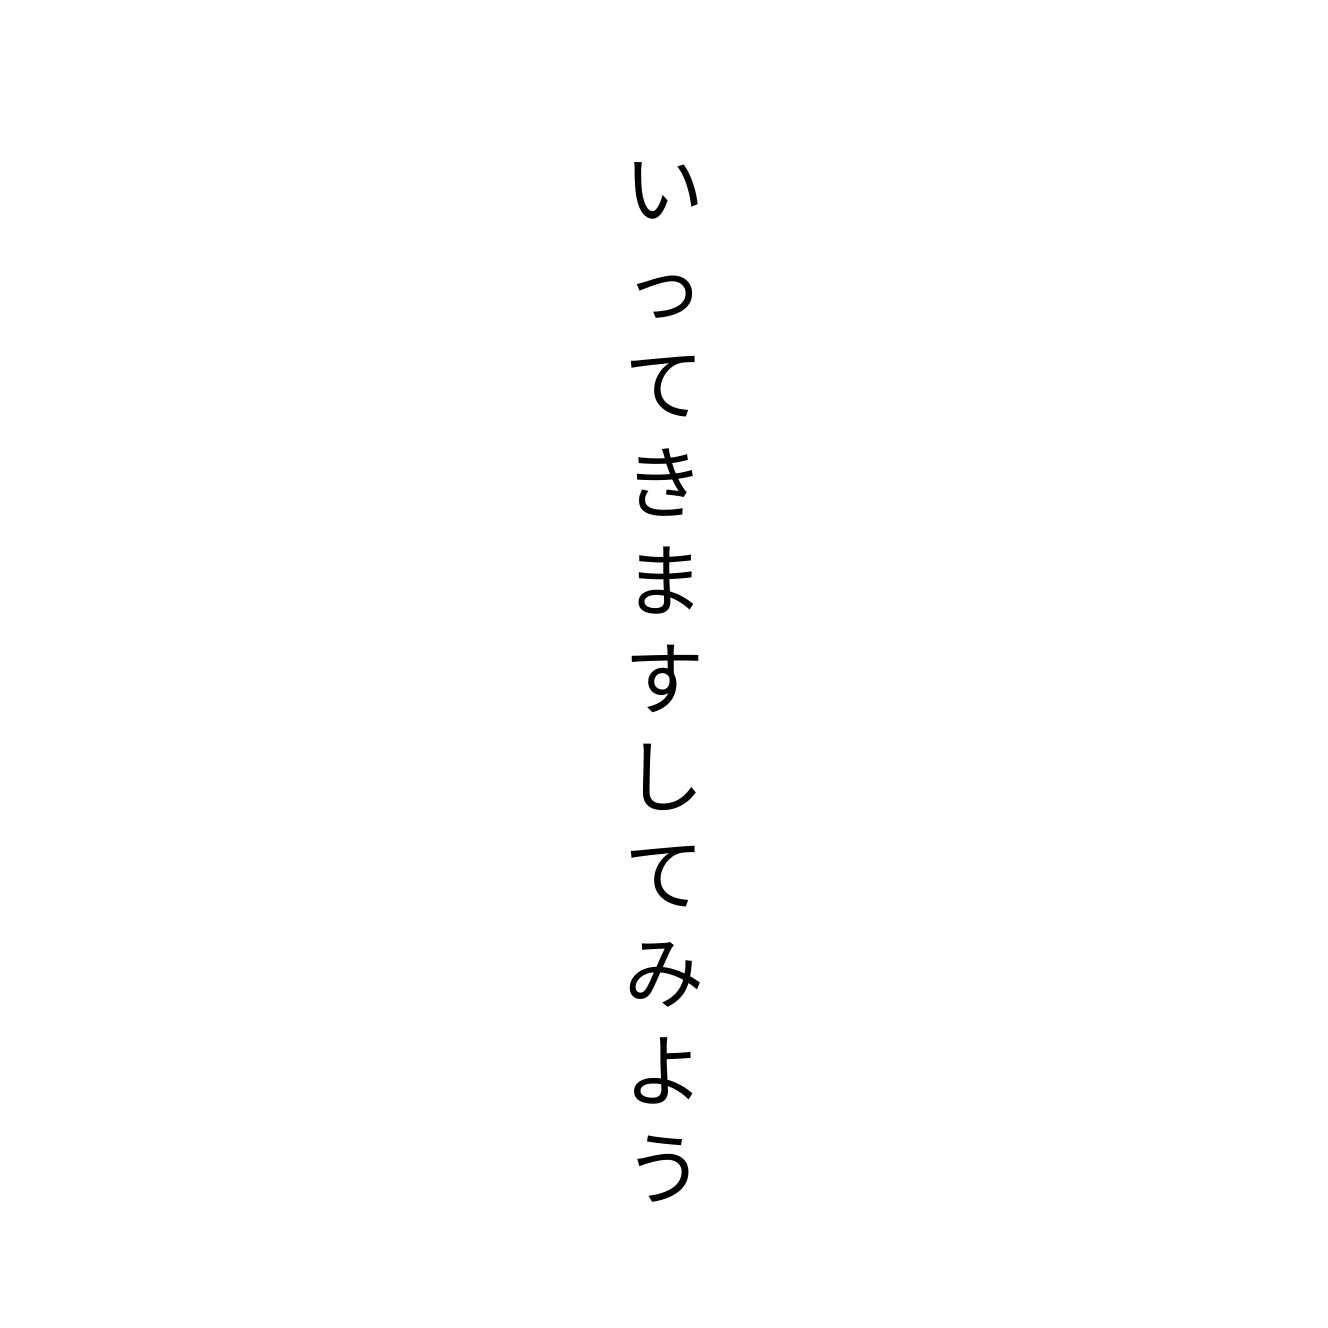
いってきますしてみよう